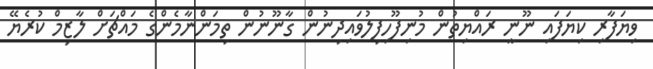
ވިޔަފާރި ކިޔަފައި ނޫނީ ރައްޔިތުން މުނިފޫހިފިލުވައިދިނުން ގާނޫނުން ތިމަންނާމެންގެ މައްޗަށް ލާޒިމް ކުރެޔޭ